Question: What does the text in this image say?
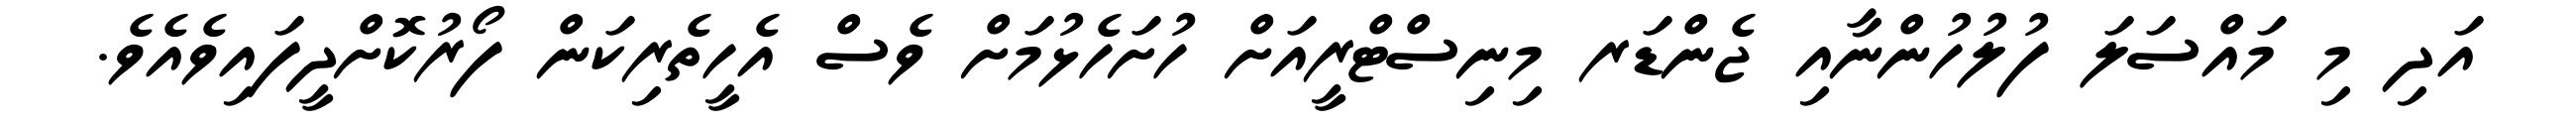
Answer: އަދި މި މައްސަލަ ފުލުހުންނާއި ޖެންޑަރ މިނިސްޓްރީއަށް ހުށަހެޅުމަށް ވެސް އެހީތެރިކަން ފޯރުކޮށްދީފައިވެއެވެ.